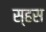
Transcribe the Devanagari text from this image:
स्हस